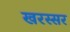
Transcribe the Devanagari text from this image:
खरस्सर